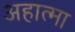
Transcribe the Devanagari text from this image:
अहात्मा